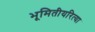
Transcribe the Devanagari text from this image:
भूमितीयरित्या